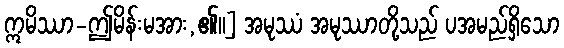
ဣမိဿာ-ဤမိန်းမအား,၏။] အမုဿံ အမုဿာတို့သည် ပအမည်ရှိသော